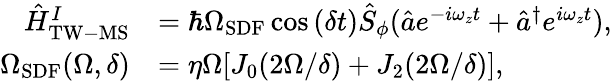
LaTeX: \begin{array}{rl}{\hat{H}_{\mathrm{TW-MS}}^{I}}&{=\hbar\Omega_{\mathrm{SDF}}\cos{(\delta t)}\hat{S}_{\phi}(\hat{a}e^{-i\omega_{z}t}+\hat{a}^{\dagger}e^{i\omega_{z}t}),}\\ {\Omega_{\mathrm{SDF}}(\Omega,\delta)}&{=\eta\Omega[J_{0}(2\Omega/\delta)+J_{2}(2\Omega/\delta)],}\end{array}